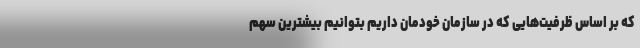
که بر اساس ظرفیت‌هایی که در سازمان خودمان داریم بتوانیم بیشترین سهم